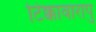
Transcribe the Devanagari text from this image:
टिक्कावारापु